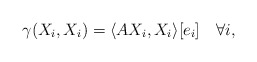
\begin{align*} \gamma(X_i,X_i)=\langle AX_i,X_i\rangle [e_i]\quad\forall i, \end{align*}